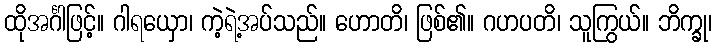
ထိုအင်္ဂါဖြင့်။ ဂါရယှော၊ ကဲ့ရဲ့အပ်သည်။ ဟောတိ၊ ဖြစ်၏။ ဂဟပတိ၊ သူကြွယ်။ ဘိက္ခု၊